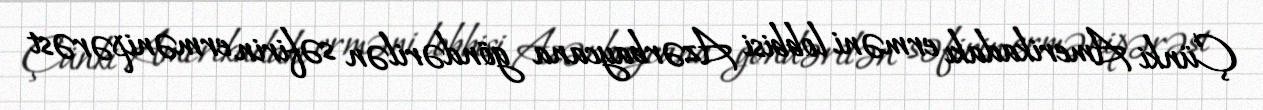
Çünki Amerikadakı erməni lobbisi Azərbaycana göndərilən səfirin ermənipərəst